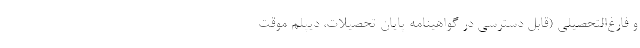
و فارغ‌التحصیلی (قابل دسترسی در گواهینامه پایان تحصیلات، دیپلم موقت